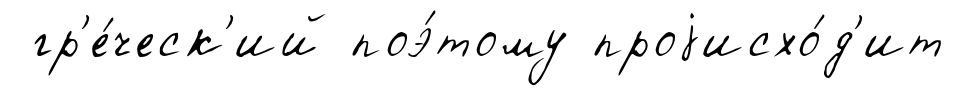
гр'е́ческ'ий поэ́тому проjисхо́д'ит